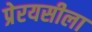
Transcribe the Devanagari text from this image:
प्रेरयसीला